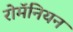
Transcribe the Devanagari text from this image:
रोमॅनियन